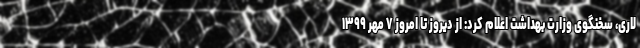
لاری، سخنگوی وزارت بهداشت اعلام کرد: از دیروز تا امروز ۷ مهر ۱۳۹۹